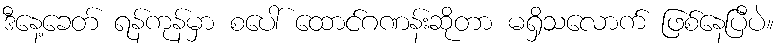
ဒီနေ့ခေတ် ရန်ကုန်မှာ စပေါ် ထောင်ဂဏန်းဆိုတာ မရှိသလောက် ဖြစ်နေပြီပဲ။